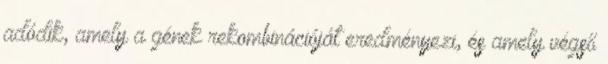
adódik, amely a gének rekombinációját eredményezi, és amely végső